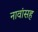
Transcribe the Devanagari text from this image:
नावांसह